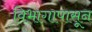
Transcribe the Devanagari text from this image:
विभागापासून